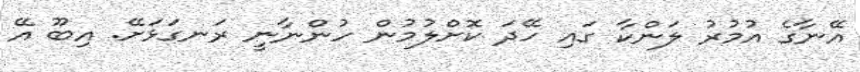
އޭނާގެ އުމުރު ލަންކާ ގައި ހޭދަ ކޮށްލުމުން ހުންނާނީ ރަނގަޅަށޭ. އިބޫ އޭ